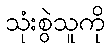
သုံးစွဲသူကို